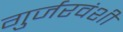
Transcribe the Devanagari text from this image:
गुर्जरवंशी